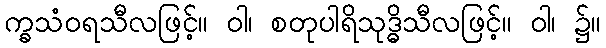
က္ခသံဝရသီလဖြင့်။ ဝါ၊ စတုပါရိသုဒ္ဓိသီလဖြင့်။ ဝါ၊ ၌။